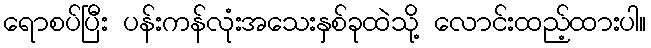
ရောစပ်ပြီး ပန်းကန်လုံးအသေးနှစ်ခုထဲသို့ လောင်းထည့်ထားပါ။